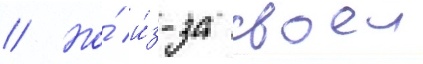
// Но́ и́з-за своеи